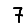
Digit: 7